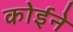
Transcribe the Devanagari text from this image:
कोईने